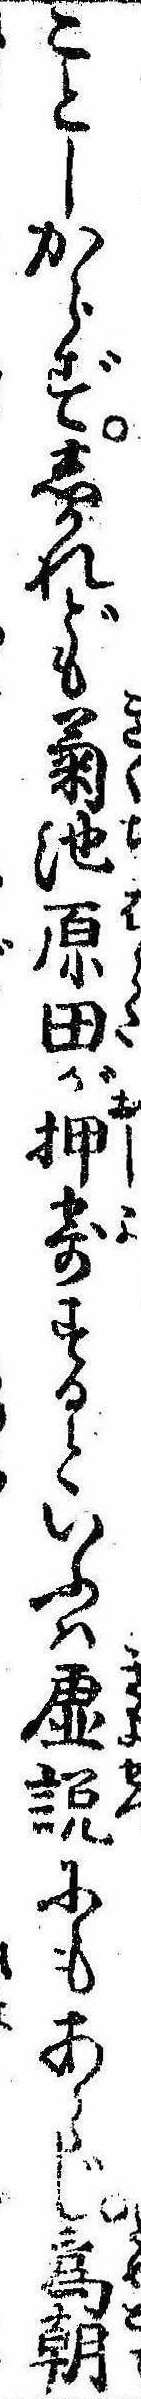
ことしからずしかれども菊池原田が押寄するといふは虚説にもあらじ為朝